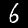
Digit: 6